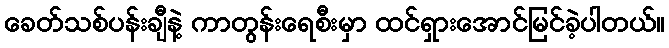
ခေတ်သစ်ပန်းချီနဲ့ ကာတွန်းရေစီးမှာ ထင်ရှားအောင်မြင်ခဲ့ပါတယ်။